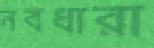
নবধারা